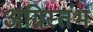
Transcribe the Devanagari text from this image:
अग्निस्तंभ